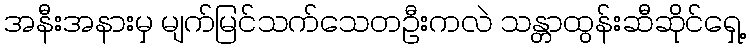
အနီးအနားမှ မျက်မြင်သက်သေတဦးကလဲ သန္တာထွန်းဆီဆိုင်ရှေ့